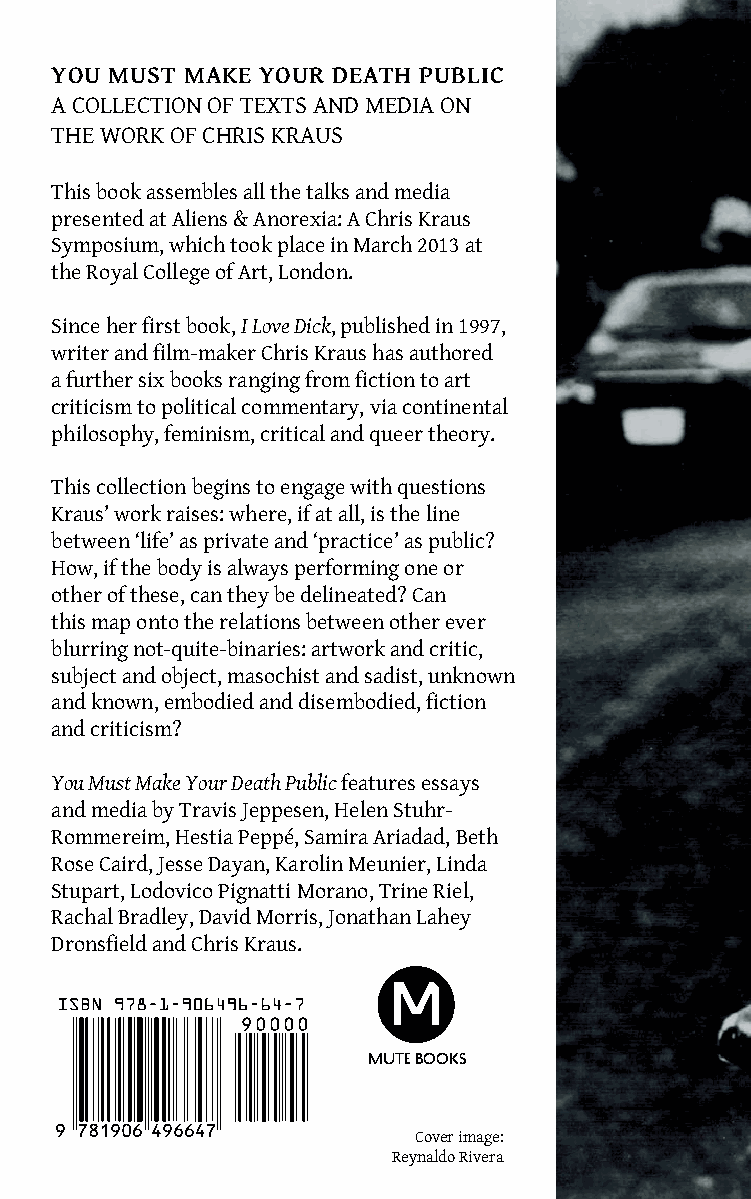
YOU MUST MAKE YOUR DEATH PUBLIC
 A COLLECTION OF TEXTS AND MEDIA ON
 THE WORK OF CHRIS KRAUS
 This book assembles all the talks and media
 presented at Aliens & Anorexia: A Chris Kraus
 Symposium, which took place in March 2013 at
 the Royal College of Art, London.
 Since her first book, I Love Dick, published in 1997,
 writer and film-maker Chris Kraus has authored
 a further six books ranging from fiction to art
 criticism to political commentary, via continental
 philosophy, feminism, critical and queer theory.
 YOU      MUST       MAKE
 This collection begins to engage with questions
 Kraus’ work raises: where, if at all, is the line       YOUR       DEATH        PUBLIC
 between ‘life’ as private and ‘practice’ as public?
 How, if the body is always performing one or
 A COLLECTION    OF  TEXTS  AND
 other of these, can they be delineated? Can
 this map onto the relations between other ever              MEDIA   ON  THE  WORK    OF
 blurring not-quite-binaries: artwork and critic,
 subject and object, masochist and sadist, unknown                  CHRIS  KRAUS
 and known, embodied and disembodied, fiction
 and criticism?
 EDITED BY MIRA MATTAR
 You Must Make Your Death Public features essays
 and media by Travis Jeppesen, Helen Stuhr-
 Rommereim, Hestia Peppé, Samira Ariadad, Beth
 Rose Caird, Jesse Dayan, Karolin Meunier, Linda
 Stupart, Lodovico Pignatti Morano, Trine Riel,
 Rachal Bradley, David Morris, Jonathan Lahey
 Mute Books
 Dronsfield and Chris Kraus.
 Mute Books
 Cover image:
 Reynaldo Rivera
 YOU
 MUST
 MAKE
 YOUR
 DEATH
 PUBLIC
 /
 A
 COLLECTION
 OF
 TEXTS
 AND
 MEDIA
 ON
 THE
 WORK
 OF
 CHRIS
 KRAUS